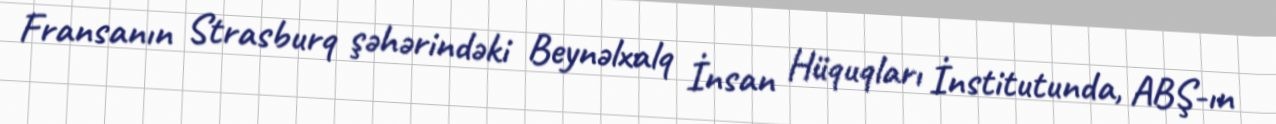
Fransanın Strasburq şəhərindəki Beynəlxalq İnsan Hüquqları İnstitutunda, ABŞ-ın